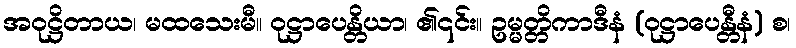
အဝုဋ္ဌိတာယ၊ မထသေးမီ။ ဝုဋ္ဌာပေန္တိယာ၊ ၏၎င်း။ ဥမ္မတ္တိကာဒီနံ (ဝုဋ္ဌာပေန္တီနံ) စ၊